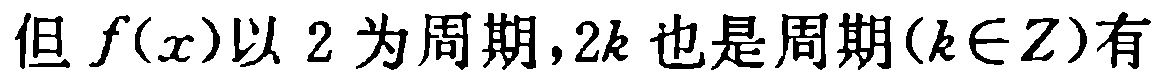
但 \(f(x)\)以 \(2\)为周期，\(2k\)也是周期\((k\in Z)\)有